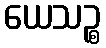
ယေသဉ္စ